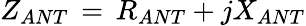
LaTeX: Z_{ANT}\, =\, R_{ANT}+jX_{ANT}